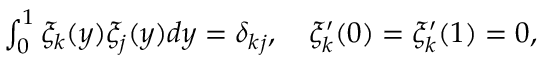
\begin{array} { r } { \int _ { 0 } ^ { 1 } \xi _ { k } ( y ) \xi _ { j } ( y ) d y = \delta _ { k j } , \quad \xi _ { k } ^ { \prime } ( 0 ) = \xi _ { k } ^ { \prime } ( 1 ) = 0 , } \end{array}